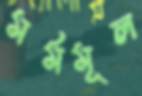
মর্মমূল